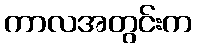
ကာလအတွင်းက